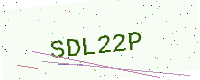
Text: SDL22P